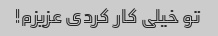
تو خیلی کار کردی عزیزم!